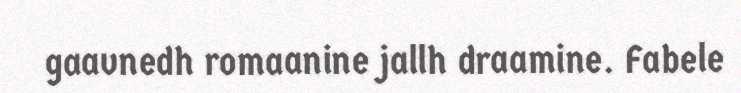
gaavnedh romaanine jallh draamine. Fabele